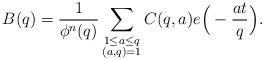
LaTeX: \begin{align*}B(q)=\frac{1}{\phi^n(q)}\sum_{\substack{1\le a\le q\\ (a,q)=1}}C(q,a)e\Big(-\frac{at}{q}\Big).\end{align*}